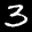
Label: 3